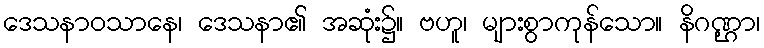
ဒေသနာဝသာနေ၊ ဒေသနာ၏ အဆုံး၌။ ဗဟူ၊ များစွာကုန်သော။ နိဂဏ္ဌာ၊